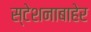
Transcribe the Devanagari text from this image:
स्टेशनाबाहेर